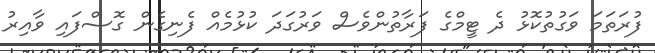
ފުރަތަމަ ވަގުތުކޮޅު ދެ ޓީމްގެ ފަރާތުންވެސް ވަރުގަދަ ކުޅުމެއް ފެނިގެން ގޮސްފައި ވާއިރު